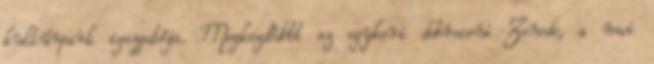
kultúrpark igazgatója. Megkezdődött az egykori debreceni Zenede, a mai